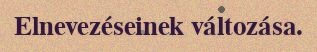
Elnevezéseinek változása.